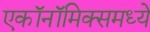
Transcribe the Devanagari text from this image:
एकॉनॉमिक्समध्ये